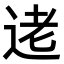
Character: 𫐥